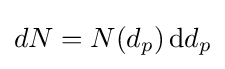
dN=N(d_{p})\,\mathrm {d} d_{p}